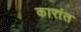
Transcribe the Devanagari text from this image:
कारांत